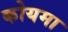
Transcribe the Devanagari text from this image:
कोयमा